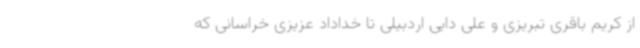
از کریم باقری تبریزی و علی دایی اردبیلی تا خداداد عزیزی خراسانی که